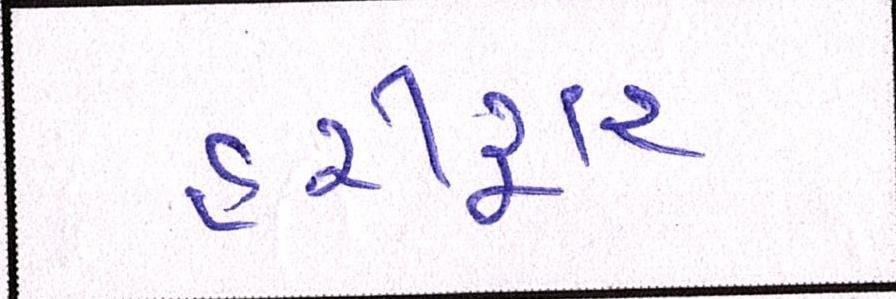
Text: હરીદ્વાર